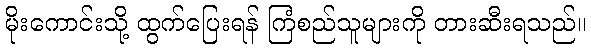
မိုးကောင်းသို့ ထွက်ပြေးရန် ကြံစည်သူများကို တားဆီးရသည်။